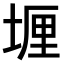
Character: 𫮈